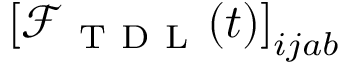
\left[ \mathcal { F } _ { \mathrm { ~ T ~ D ~ L ~ } } ( t ) \right] _ { i j a b }